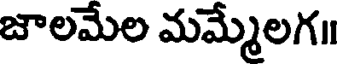
జాలమేల మమ్మేలగ॥